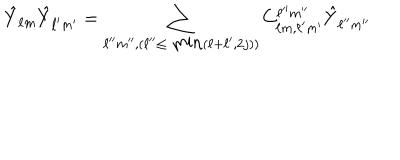
\hat { Y } _ { \ell m } \hat { Y } _ { \ell ^ { \prime } m ^ { \prime } } = \sum _ { \ell ^ { \prime \prime } m ^ { \prime \prime } , ( \ell ^ { \prime \prime } \leq \mathrm { m i n } ( \ell + \ell ^ { \prime } , 2 j ) ) } C _ { \ell m , \ell ^ { \prime } m ^ { \prime } } ^ { \ell ^ { \prime \prime } m ^ { \prime \prime } } \hat { Y } _ { \ell ^ { \prime \prime } m ^ { \prime \prime } }